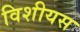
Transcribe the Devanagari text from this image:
विशीयस